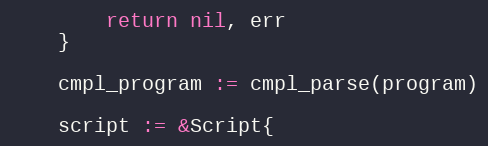
Language: Go
		return nil, err
	}

	cmpl_program := cmpl_parse(program)

	script := &Script{